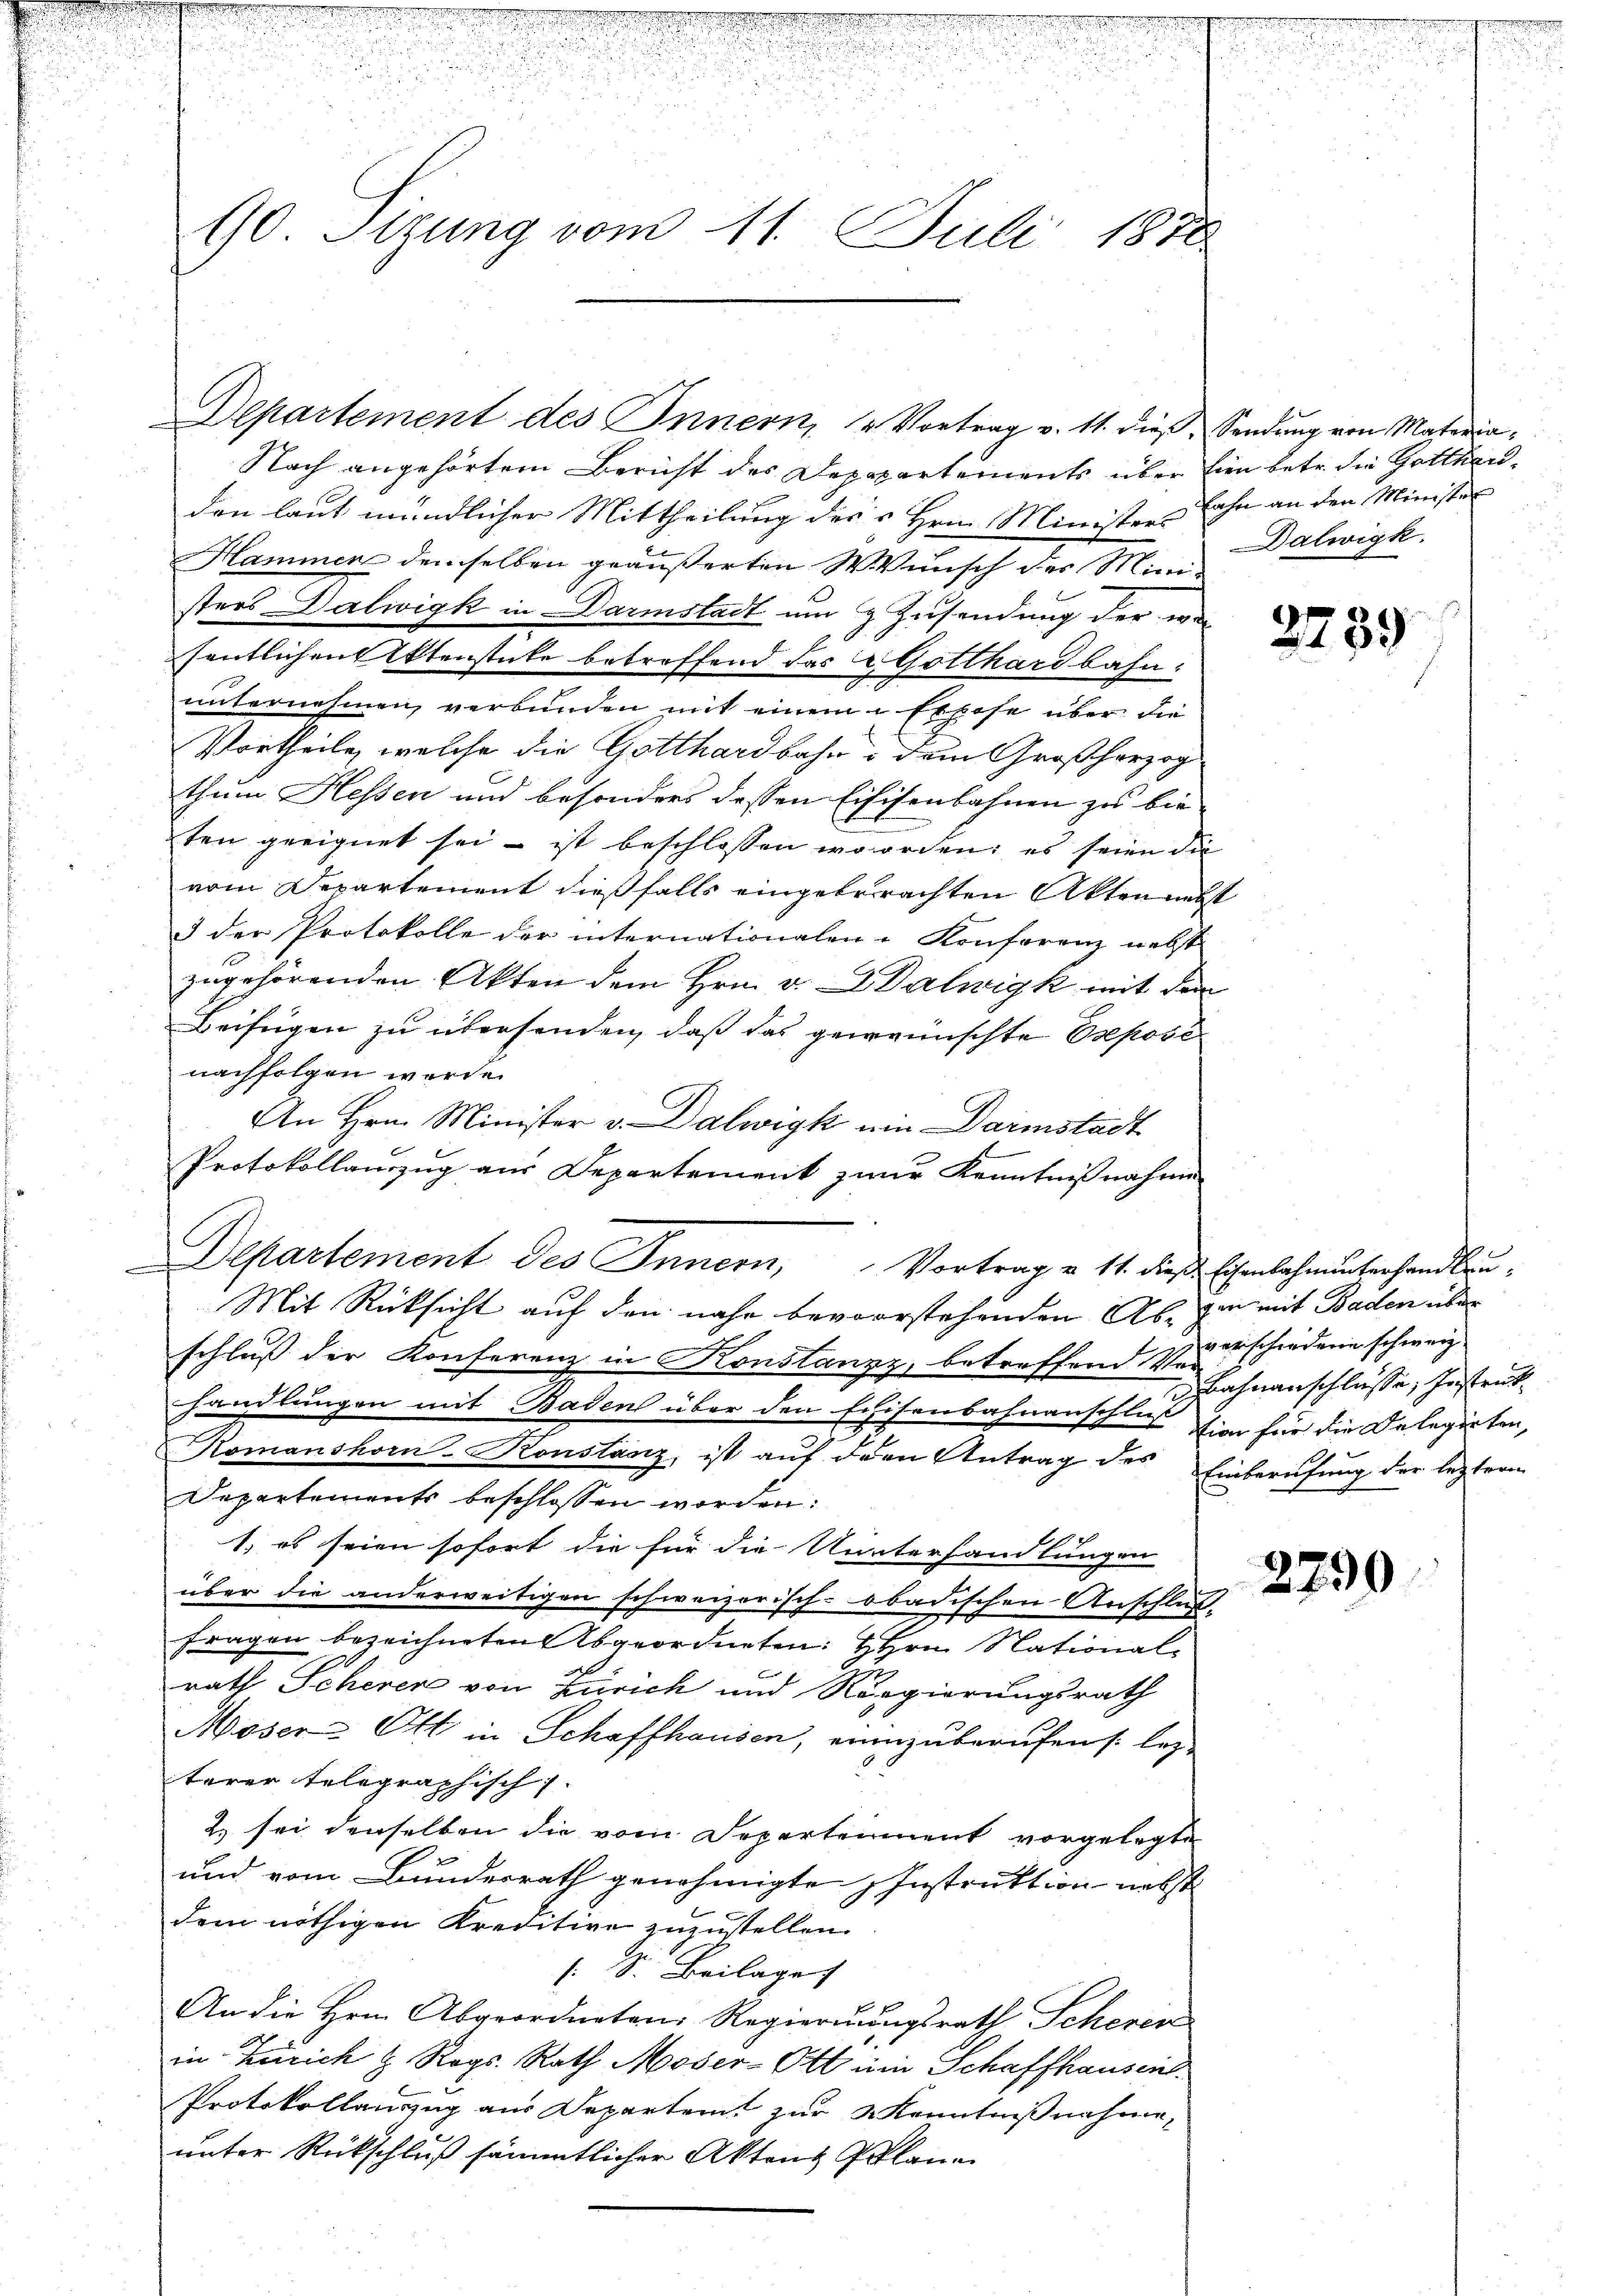
90 Sizung vom 11. Juli 1870

Departement des Innern, 2 Vortrag v. 11. dieß, Sendung von Materia¬
Nach angehörtem Bericht des Depapartements über hien betr. die Gottendon laut mündlicher Mittheilung des Hrn. Minister Lahn an den Ministet
Hammer demselben geäußerten Wunsch der Mini-
sters Dalwigk in Darmstadt um & Zusendung der war
sentlichen Aktenstücke betreffend das Gotthardbahn:
unternehmen, verbunden mit einem Expose über die
Vortheile, welche die Gotthardbahn dem Großherzog
thum Hessen und besonders dessen Eifisenbahnen zu bie
ten geeignet sei ist beschlossen worden; es seien die
vom Departement dießfalls eingebrachten Akten nebst
& der Protokolle der internationalen-Konferenz nebst
zugehörenden Akten dem Hrn. v. Walwigk mit dem
Beifügen zu übersenden, daß das gewünschte Exposé
nachfolgen werde.
An Hrn. Minister v. Dalwigk ein Darmstadt
Protokollanzug aus Departement zur Kenntnißnahme
Mit Rücksicht auf den nahe bevorstehenden Ab- zu mit Baden über
schluß der Konferenz in Konstanzz, betreffend zerschiedene schweiz
handlungen mit Baden über den Echisenbahnanschluß hier für die Delegirten,
7
Komanshorn-Konstanz, ist auf den Antrag des Einberufung der leztern
Departements beschlossen worden:
1. es seien sofort die für die Unterhandlungen
über die anderweitigen schweizerisch-obadischen Anschluß
.
Fragen bezeichneten Abgeordneten Hrn. Nationale
rath Scherer von Zürich und Regierungsrath
Moser Ott in Schaffhausen, einzuberufen s lezterer telegraphisch
2. sei denselben die vom Separtement vorgelegte
und vom Bundesrath genehmigte Instruktion nebst
dem nöthigen Kreditive zuzustellen.
( S. Beilage
An die Hrn. Abgeordneten Regierungsrath Scherer
in Zürich & Rogs. Rath Moser-Ott ein Schaffhausen.
Protokollauszug aus Departent zur Kenntnißnahme,
unter Rückschluß sämmtlicher Aktens Plane

Departement des Innern, Vortrag v. 11. dies Ehenlehnunterhandlun¬

Dalwigk

2759

Lahnanschlüsse, Instruk

2790